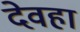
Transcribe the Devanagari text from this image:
देवहा